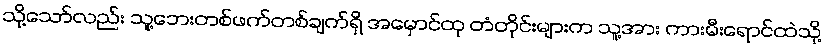
သို့သော်လည်း သူ့ဘေးတစ်ဖက်တစ်ချက်ရှိ အမှောင်ထု တံတိုင်းများက သူ့အား ကားမီးရောင်ထဲသို့